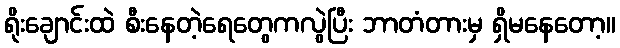
ရိုးချောင်းထဲ စီးနေတဲ့ရေတွေကလွဲပြီး ဘာတံတားမှ ရှိမနေတော့။